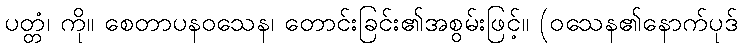
ပတ္တံ၊ ကို။ စေတာပနဝသေန၊ တောင်းခြင်း၏အစွမ်းဖြင့်။ (ဝသေန၏နောက်ပုဒ်